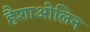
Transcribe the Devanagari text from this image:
हैशाओलिन